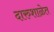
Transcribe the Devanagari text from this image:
दारुशाळेत